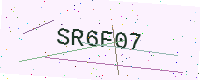
Text: SR6F07